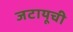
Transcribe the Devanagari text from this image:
जटायूची